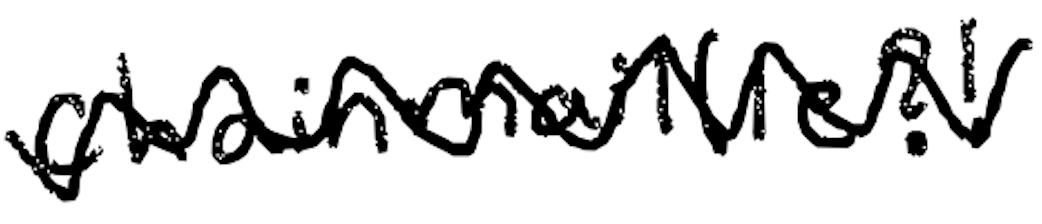
Text: chainmail(le?!
Cross-out: zig-zag
Writing tool: digital_black